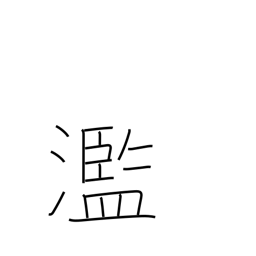
Meaning: excessive